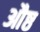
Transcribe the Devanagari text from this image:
औष्ठ